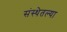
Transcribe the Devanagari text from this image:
संस्थेतल्या